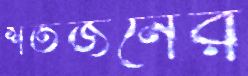
শতজনের